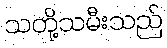
သတို့သမီးသည်